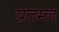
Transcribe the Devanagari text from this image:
प्रतम्ल